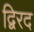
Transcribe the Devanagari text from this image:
द्विरद